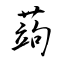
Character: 蒟